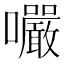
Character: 㘙